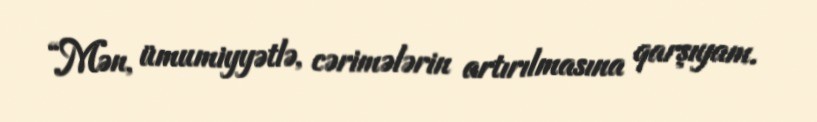
“Mən, ümumiyyətlə, cərimələrin artırılmasına qarşıyam.